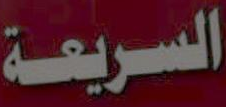
السريعة